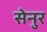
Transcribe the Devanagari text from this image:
सेनुर